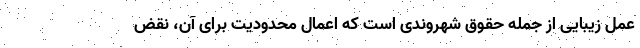
عمل زیبایی از جمله حقوق شهروندی است که اعمال محدودیت برای آن، نقض